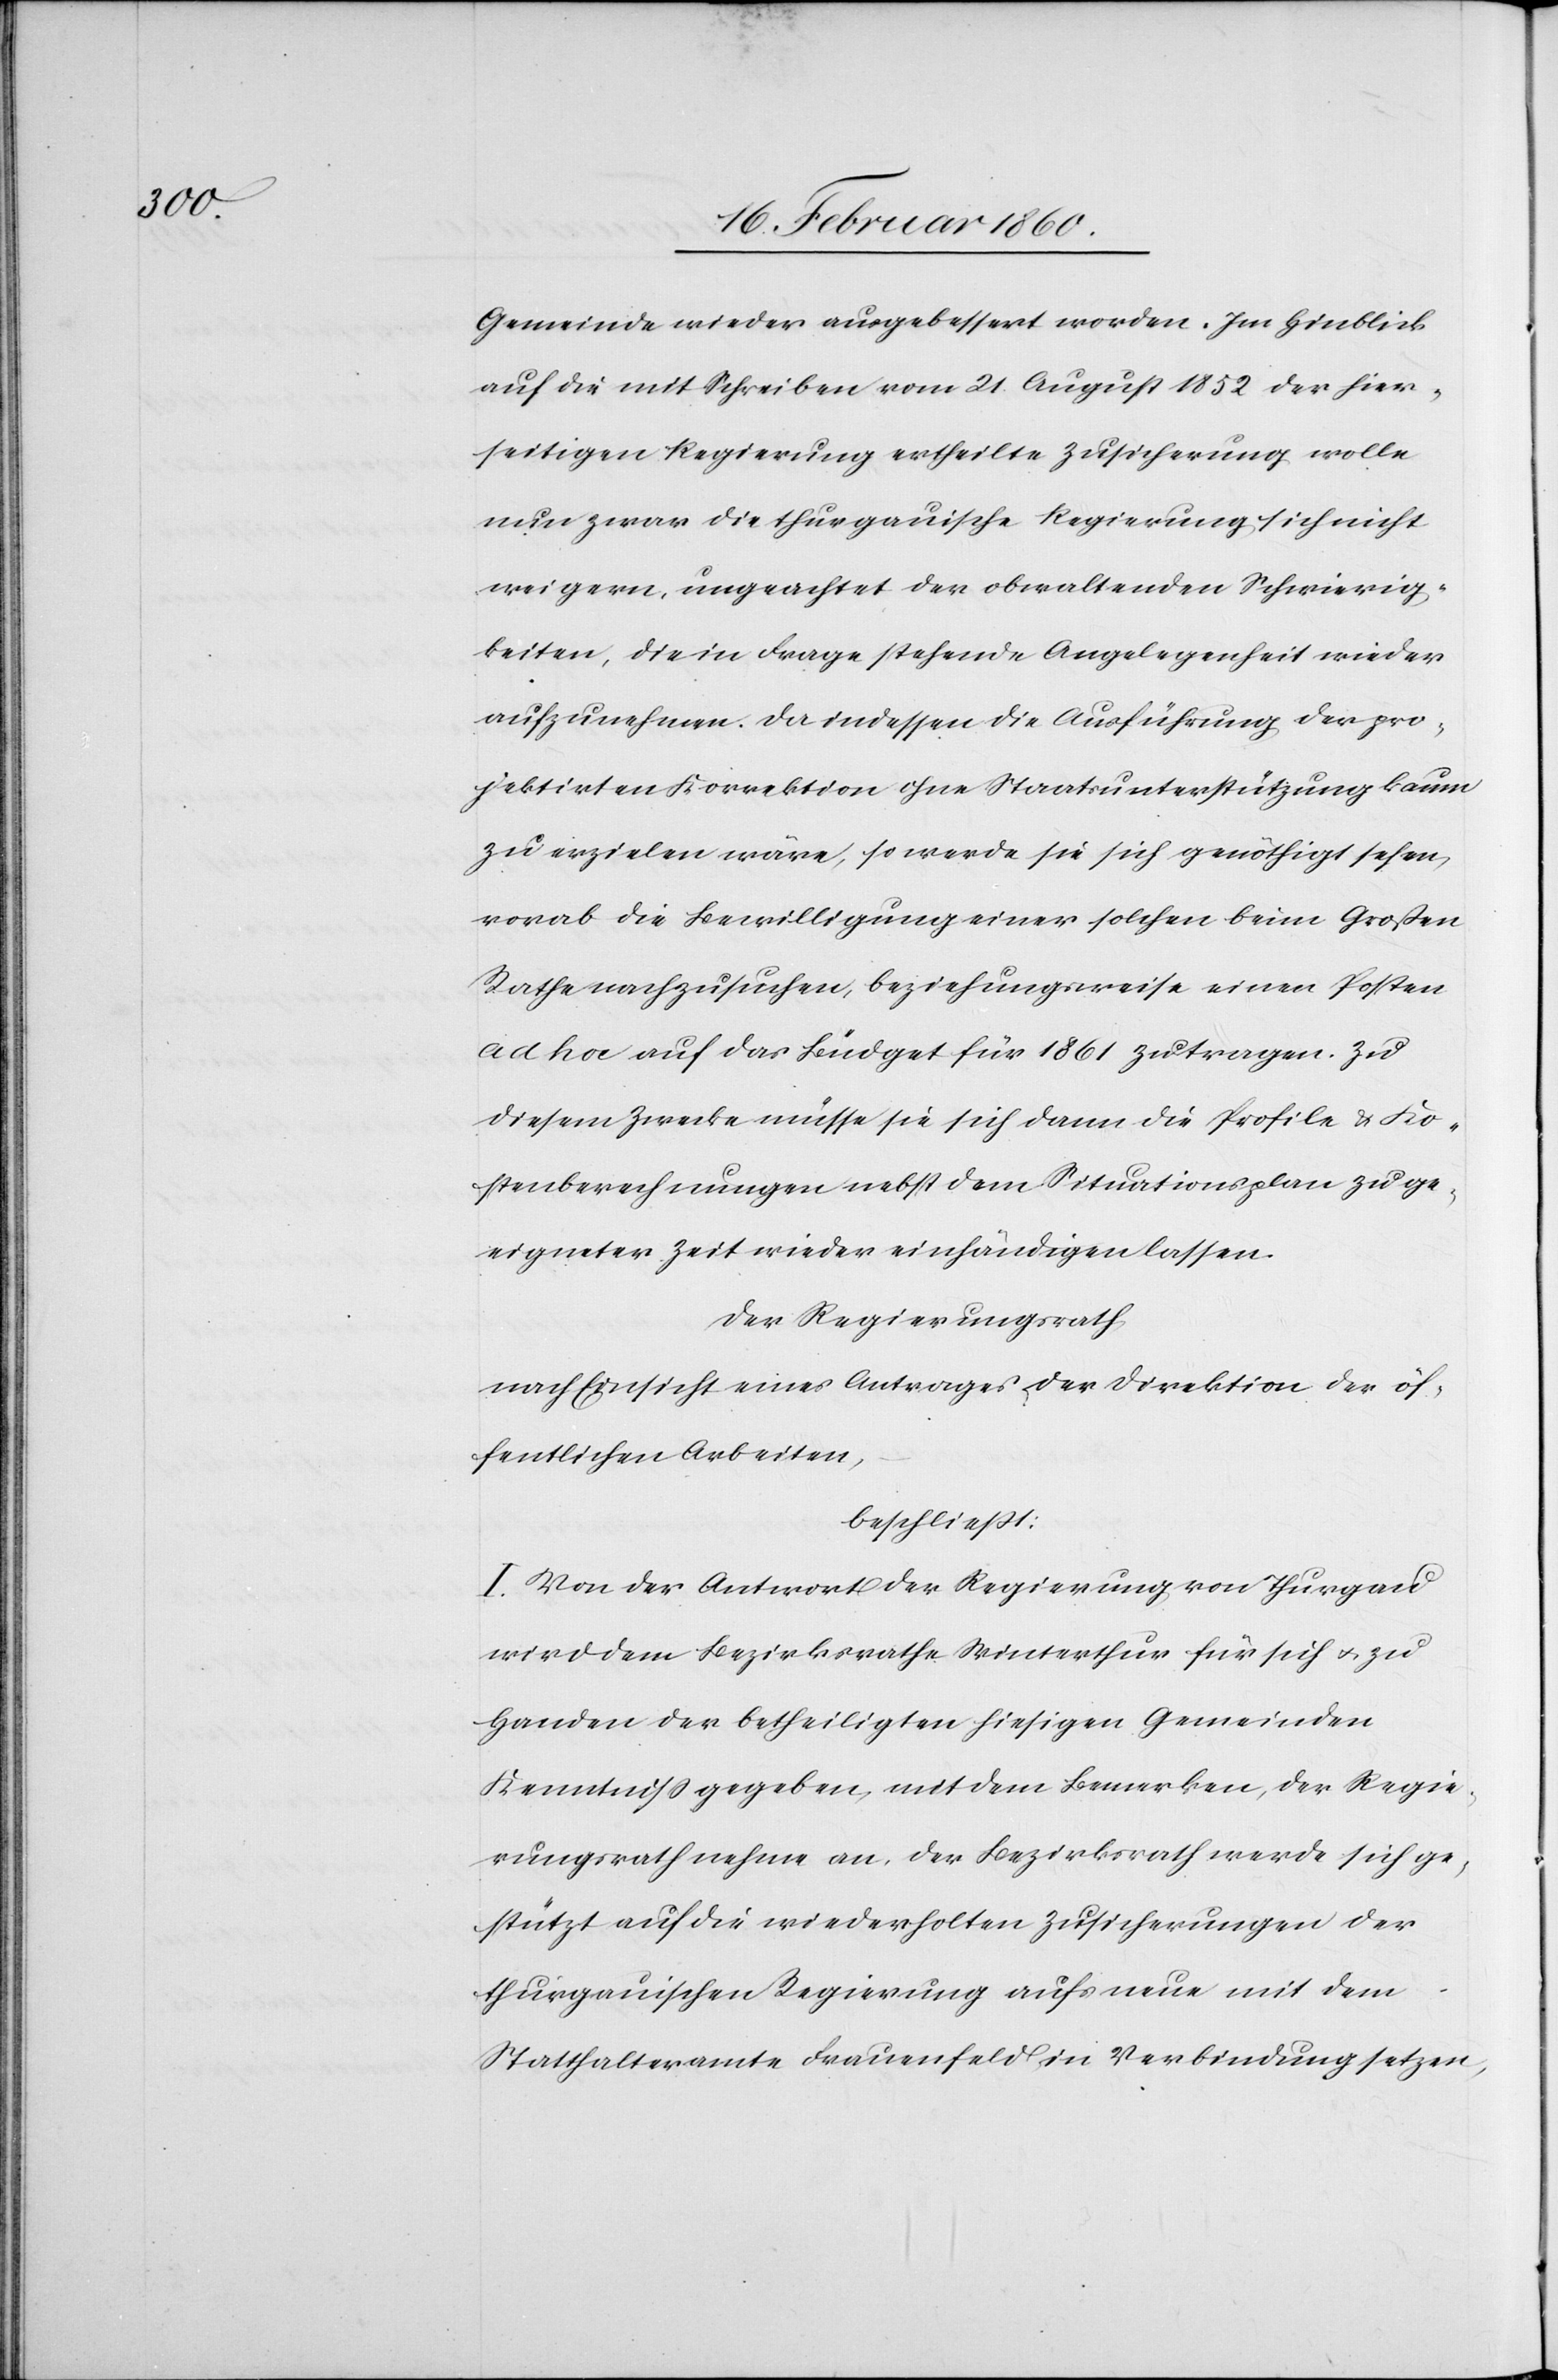
Gemeinde wieder ausgebessert worden. Im Hinblick
auf die mit Schreiben vom 21. August der hier¬
seitigen Regierung ertheilte Zusicherung wolle
nun zwar die thurgauische Regierung sich nicht
weigern, ungeachtet der obwaltenden Schwierig¬
keiten, die in Frage stehende Angelegenheit wieder
aufzunehmen. Da indessen die Ausführung der pro¬
jektirten Korrektion ohne Staatsunterstützung kaum
zu erzielen wäre, so werde sie sich genöthigt sehen,
vorab die Bewilligung einer solchen beim Grossen
Rathe nachzusuchen, beziehungsweise einen Posten
ad hoc auf das Büdget für 1861 zutragen. Zu
diesem Zwecke müsse sie sich dann die Profile u. Ko¬
stenberechnungen nebst dem Situationsplan zu ge¬
eigneter Zeit wieder einhändigen lassen.
Der Regierungsrath,
nach Einsicht eines Antrages der Direktion der öf¬
fentlichen Arbeiten,
beschliesst:
I. Von der Antwort der Regierung von Thurgau
wird dem Bezirksrathe Winterthur für sich u. zu
Handen der betheiligten hiesigen Gemeinden
Kenntniß gegeben, mit dem Bemerken, der Regie¬
rungsrath nehme an, der Bezirksrath werde sich ge¬
stützt auf die wiederholten Zusicherungen der
thurgauischen Regierung aufs neue mit dem
Statthalteramte Frauenfeld in Verbindung setzen,